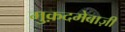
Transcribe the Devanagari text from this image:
मुक़दमेबाज़ी